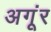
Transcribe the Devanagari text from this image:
अगूंर